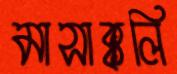
মাসাক্কলি